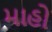
માહો